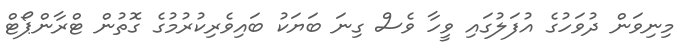
މިނިވަން ދުވަހުގެ އުފަލުގައި ވީހާ ވެސް ގިނަ ބަޔަކު ބައިވެރިކުރުމުގެ ގޮތުން ޓްރާންޕޯޓް